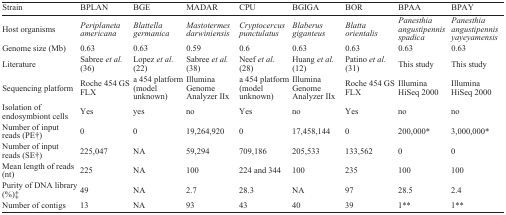
| Strain | BPLAN | BGE | MADAR | CPU | BGIGA | BOR | BPAA | BPAY |
 | --- | --- | --- | --- | --- | --- | --- | --- | --- |
 | Host organisms | Periplaneta americana | Blattella germanica | Mastotermes darwiniensis | Cryptocercus punctulatus | Blaberus giganteus | Blatta orientalis | Panesthia angustipennis spadica | Panesthia angustipennis yayeyamensis |
 | Genome size (Mb) | 0.63 | 0.63 | 0.59 | 0.6 | 0.63 | 0.63 | 0.63 | 0.63 |
 | Literature | Sabree et al.(36) | Lopez et al.(22) | Sabree et al.(38) | Neef et al.(28) | Huang et al.(12) | Patino et al.(31) | This study | This study |
 | Sequencing platform | Roche 454 GS FLX | a 454 platform (model unknown) | Illumina Genome Analyzer IIx | a 454 platform (model unknown) | Illumina Genome Analyzer IIx | Roche 454 GS FLX | Illumina HiSeq 2000 | Illumina HiSeq 2000 |
 | Isolation of endosymbiont cells | Yes | yes | no | Yes | no | Yes | no | no |
 | Number of input reads (PE†) | 0 | 0 | 19,264,920 | 0 | 17,458,144 | 0 | 200,000* | 3,000,000* |
 | Number of input reads (SE†) | 225,047 | NA | 59,294 | 709,186 | 205,533 | 133,562 | 0 | 0 |
 | Mean length of reads (nt) | 225 | NA | 100 | 224 and 344 | 100 | 235 | 100 | 100 |
 | Purity of DNA library (%)‡ | 49 | NA | 2.7 | 28.3 | NA | 97 | 28.5 | 2.4 |
 | Number of contigs | 13 | NA | 93 | 43 | 40 | 39 | 1** | 1** |